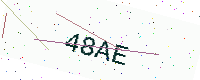
Text: 48AE